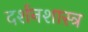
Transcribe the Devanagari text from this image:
दर्शनशास्‍त्र